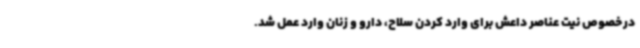
درخصوص نیت عناصر داعش برای وارد کردن سلاح، دارو و زنان وارد عمل شد.